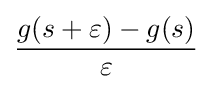
g(s+\varepsilon )-g(s) \over \varepsilon